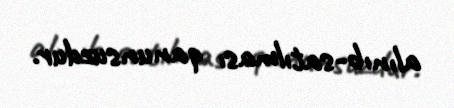
alınıb-satılması qanunsuzdur.